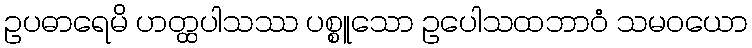
ဥပဓာရေမိ ဟတ္ထပါသဿ ပစ္စူသော ဥပေါသထဘာဝံ သမဝယော